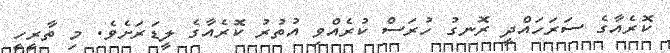
ކޮރެއާގެ ސަރަހައްދީ ރޮނގު ހުރަސް ކުރެއްވި އުތުރު ކޮރެއާގެ ލީޑަރަށެވެ. މި ތާރީހީ